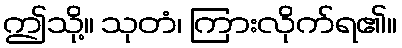
ဤသို့။ သုတံ၊ ကြားလိုက်ရ၏။